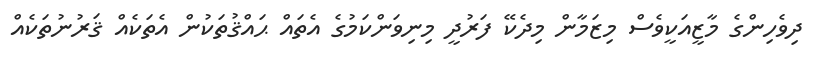
ދިވެހިންގެ މާޒީއަކީވެސް މިޒަމާން މިދެކޭ ފަރުދީ މިނިވަންކަމުގެ އެތައް ޙައްޤުތަކުން އެތަކެއް ޤަރުނުތަކެއް